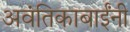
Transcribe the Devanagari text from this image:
अवंतिकाबाईंनी